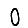
Digit: 0